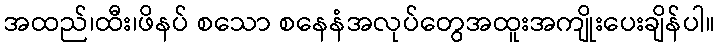
အထည်၊ထီး၊ဖိနပ် စသော စနေနံအလုပ်တွေအထူးအကျိုးပေးချိန်ပါ။